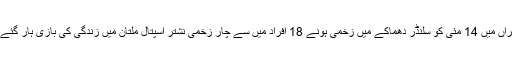
لودھراں میں 14 مئی کو سلنڈر دھماکے میں زخمی ہونے 18 افراد میں سے چار زخمی نشتر اسپتال ملتان میں زندگی کی بازی ہار گئے ہیں۔